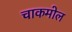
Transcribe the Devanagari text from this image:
चाकमोल